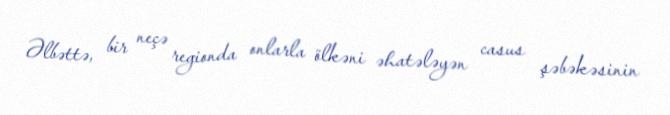
Əlbəttə, bir neçə regionda onlarla ölkəni əhatələyən casus şəbəkəsinin